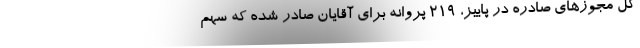
کل مجوزهای صادره در پاییز، ۲۱۹ پروانه برای آقایان صادر شده که سهم